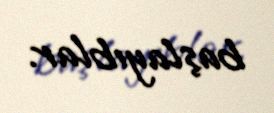
başlayıblar.